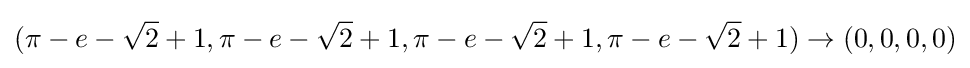
(\pi -e-{\sqrt {2}}+1,\pi -e-{\sqrt {2}}+1,\pi -e-{\sqrt {2}}+1,\pi -e-{\sqrt {2}}+1)\rightarrow (0,0,0,0)